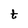
Character: t